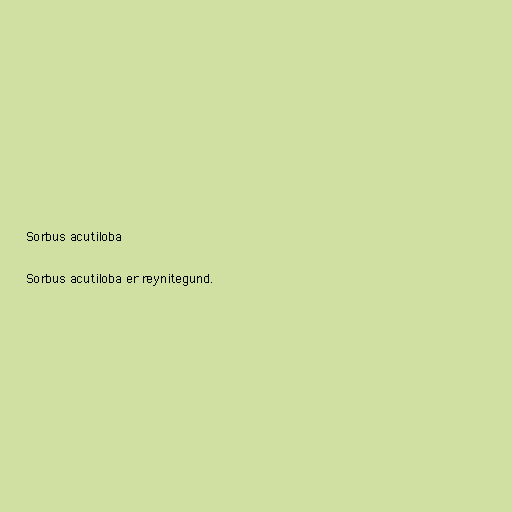
Sorbus acutiloba

Sorbus acutiloba er reynitegund.